Indian journal of veterinary science and animal husbandry - Volumes 15-17, 1948-1951
Year: 1948
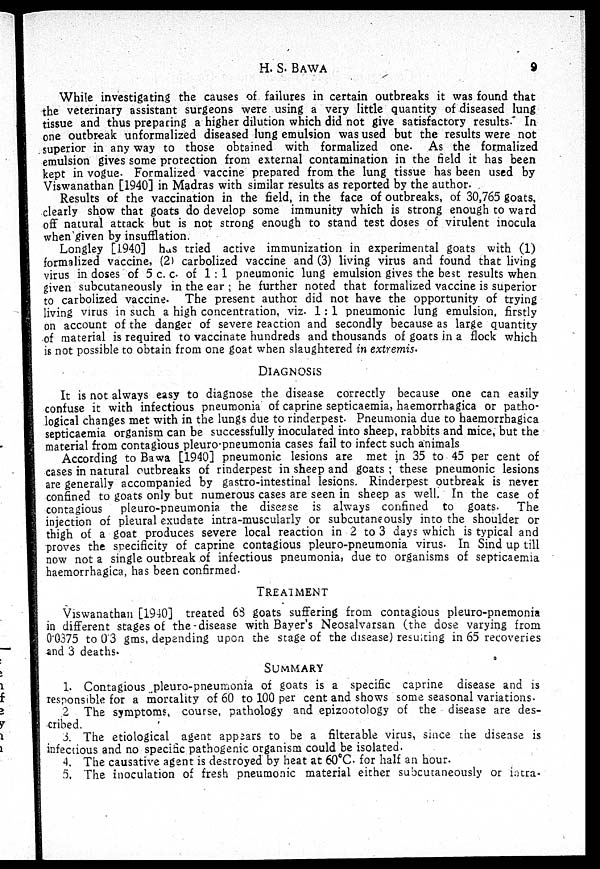
H. S. BAWA
9
While investigating the causes of failures in certain outbreaks it was found that
the veterinary assistant surgeons were using a very little quantity of diseased lung
tissue and thus preparing a higher dilution which did not give satisfactory results. In
one outbreak unformalized diseased lung emulsion was used but the results were not
superior in any way to those obtained with formalized one. As the formalized
emulsion gives some protection from external contamination in the field it has been
kept in vogue. Formalized vaccine prepared from the lung tissue has been used by
Viswanathan [1940] in Madras with similar results as reported by the author.
Results of the vaccination in the field, in the face of outbreaks, of 30,765 goats,
clearly show that goats do develop some immunity which is strong enough to ward
off natural attack but is not strong enough to stand test doses of virulent inocula
when given by insufflation.
Longley [1940] has tried active immunization in experimental goats with (1)
formalized vaccine, (2) carbolized vaccine and (3) living virus and found that living
virus in doses of 5 c. c. of 1:1 pneumonic lung emulsion gives the best results when
given subcutaneously in the ear ; he further noted that formalized vaccine is superior
to carbolized vaccine. The present author did not have the opportunity of trying
living virus in such a high concentration, viz. 1:1 pneumonic lung emulsion, firstly
on account of the danger of severe reaction and secondly because as large quantity
of material is required to vaccinate hundreds and thousands of goats in a flock which
is not possible to obtain from one goat when slaughtered in extremis.
DIAGNOSIS
It is not always easy to diagnose the disease correctly because one can easily
confuse it with infectious pneumonia of caprine septicaemia, haemorrhagica or patho-
logical changes met with in the lungs due to rinderpest Pneumonia due to haemorrhagica
septicaemia organism can be successfully inoculated into sheep, rabbits and mice, but the
material from contagious pleuro-pneumonia cases fail to infect such animals
According to Bawa [1940] pneumonic lesions are met in 35 to 45 per cent of
cases in natural outbreaks of rinderpest in sheep and goats; these pneumonic lesions
are generally accompanied by gastro-intestinal lesions. Rinderpest outbreak is never
confined to goats only but numerous cases are seen in sheep as well. In the case of
contagious pleuro-pneumonia the disease is always confined to goats. The
injection of pleural exudate intra-muscularly or subcutaneously into the shoulder or
thigh of a goat produces severe local reaction in 2 to 3 days which is typical and
proves the specificity of caprine contagious pleuro-pneumonia virus. In Sind up till
now not a single outbreak of infectious pneumonia, due to organisms of septicaemia
haemorrhagica, has been confirmed.
TREATMENT
Viswanathan [1940] treated 68 goats suffering from contagious pleuro-pnemonia
in different stages of the-disease with Bayer's Neosalvarsan (the dose varying from
0.0375 to 0.3 gms, depending upon the stage of the disease) resulting in 65 recoveries
and 3 deaths.
SUMMARY
1. Contagious pleuro-pneumonia of goats is a specific caprine disease and is
responsible for a mortality of 60 to 100 per cent and shows some seasonal variations.
2 The symptoms, course, pathology and epizootology of the disease are des-
cribed.
3. The etiological agent appears to be a filterable virus, since the disease is
infectious and no specific pathogenic organism could be isolated.
4. The causative agent is destroyed by heat at 60°C. for half an hour.
5. The inoculation of fresh pneumonic material either subcutaneously or intra-